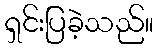
ရှင်းပြခဲ့သည်။